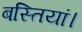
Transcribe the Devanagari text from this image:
बस्तियां।